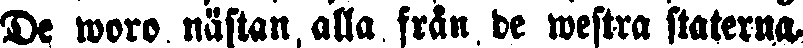
De woro nästan alla från de westra staterna.